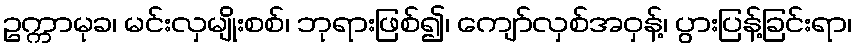
ဥက္ကာမုခ၊ မင်းလှမျိုးစစ်၊ ဘုရားဖြစ်၍၊ ကျော်လှစ်အဝှန့်၊ ပွားပြန့်ခြင်းရာ၊